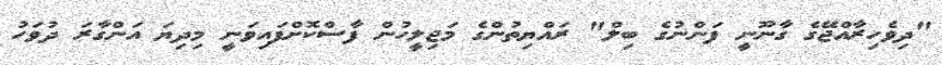
"ދިވެހިރާއްޖޭގެ ގާނޫނީ ފަންނުގެ ބިލް" ރައްޔިތުންގެ މަޖިލީހުން ފާސްކޮށްފައިވަނީ މިދިޔަ އަންގާރަ ދުވަހު